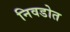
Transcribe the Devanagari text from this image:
निवडोत